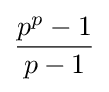
{\frac {p^{p}-1}{p-1}}